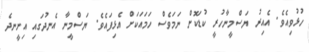
ހުޅުވިއެވެ. އެއިރު ޔަސްމީނާހުރީ ކުޑަކޮށް ނަމަވެސް ހަމައަކަށް އެޅިފައެވެ. ޔަސްމީނާ އެނދުގައި އިށީނދެ